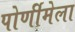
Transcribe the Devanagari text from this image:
पोर्णीमेला